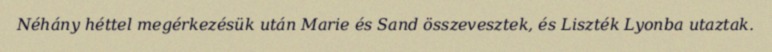
Néhány héttel megérkezésük után Marie és Sand összevesztek, és Liszték Lyonba utaztak.